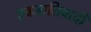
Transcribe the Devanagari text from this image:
स्वजातिवादी